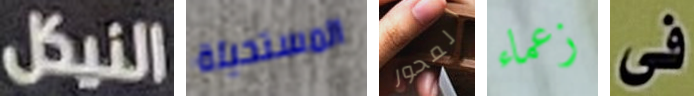
النيكل المستحيلة المحور زعماء فى